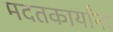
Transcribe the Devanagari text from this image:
मदतकार्यांना